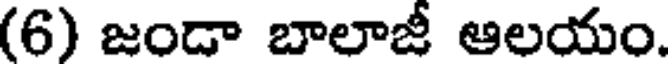
(6) జండా బాలాజీ ఆలయం.